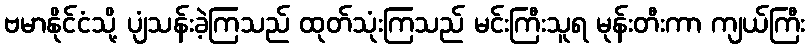
ဗမာနိုင်ငံသို့ ပျံသန်းခဲ့ကြသည် ထုတ်သုံးကြသည် မင်းကြီးသူရ မုန်းတီးကာ ကျယ်ကြီး